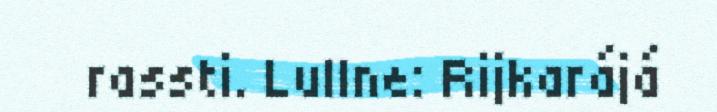
rassti. Lullne: Rijkarájá